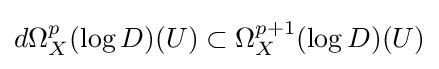
d\Omega _{X}^{p}(\log D)(U)\subset \Omega _{X}^{p+1}(\log D)(U)